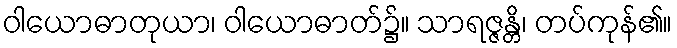
ဝါယောဓာတုယာ၊ ဝါယောဓာတ်၌။ သာရဇ္ဇန္တိ၊ တပ်ကုန်၏။